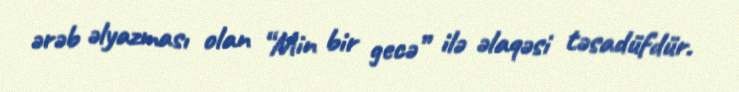
ərəb əlyazması olan “Min bir gecə” ilə əlaqəsi təsadüfdür.